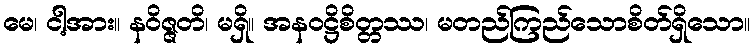
မေ၊ ငါ့အား။ နဝိဇ္ဇတိ၊ မရှိ။ အနဝဋ္ဌိစိတ္တဿ၊ မတည်ကြည်သောစိတ်ရှိသော။